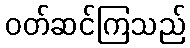
ဝတ်ဆင်ကြသည်